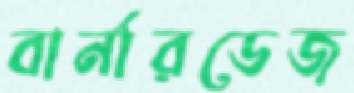
বার্নারডেজ